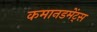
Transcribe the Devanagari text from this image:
कमानडमेंट्स